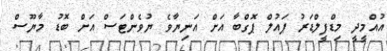
އުއްމީދީ މިޑްފީލްޑަރު ޕައުލް ޕޮގްބާ އަށް އަނިޔާވެ ޔުވެންޓަސް އަށް ބޮޑު މާޔޫސް